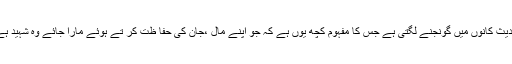
حدیث کانوں میں گونجنے لگتی ہے جس کا مفہوم کچھ یوں ہے کہ جو اپنے مال ،جان کی حفا ظت کر تے ہوئے مارا جائے وہ شہید ہے۔